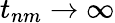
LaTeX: t_{nm}\to\infty